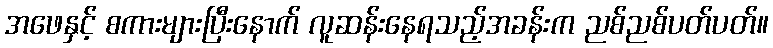
အဖေနှင့် စကားများပြီးနောက် လူဆန်းနေရသည့်အခန်းက ညစ်ညစ်ပတ်ပတ်။